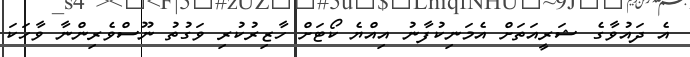
އެ ދައުވާގެ ޝަރީއަތަށް އެމަނިކުފާނު އިއްޔެ ކޯޓަށް ހާޒިރުކުރި ވަގުތު ނޫސްވެރިންނާ ވާހަކަ